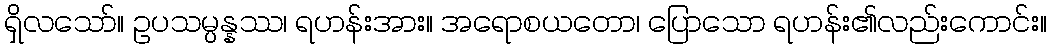
ရှိလသော်။ ဥပသမ္ပန္နဿ၊ ရဟန်းအား။ အရောစယတော၊ ပြောသော ရဟန်း၏လည်းကောင်း။